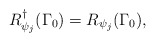
\begin{align*}R_{\psi _{j}}^{\dagger }(\Gamma _{0})=R_{\psi _{j}}(\Gamma _{0}),\end{align*}